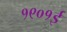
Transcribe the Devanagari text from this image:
१९०१ई